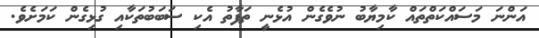
އަންނަ މަސައްކަތްތައް ކާމިޔާބު ނުވެގެން އުޅެނީ ތަފާތު އެކި ސަބަބުތަކާއި ގުޅިގެން ކަމަށެވެ.